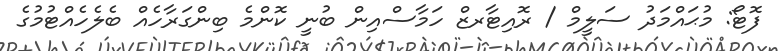
ފޮޓޯ: މުޙައްމަދު ސަލީމް / ރޮއިޓާރޒް ހަމާސްއިން ބުނީ ކޮންމެ ބިންގަރާހެއް ބެލެހެއްޓުމުގެ